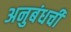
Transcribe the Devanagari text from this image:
अनुबंधची